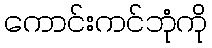
ကောင်းကင်ဘုံကို